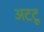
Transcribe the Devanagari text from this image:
अटटू